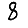
Digit: 8